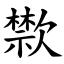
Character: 㱈